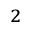
^ 2